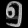
Digit: ၅